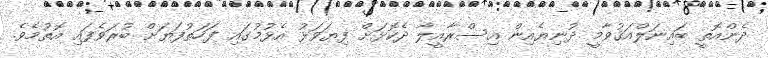
ދެންއޮތީ ބައިނަލްއަޤުވާމީ ދުނިޔެއިން އިސްރާއީލާ ދެކޮޅަށް ފިޔަވަޅު އެޅުމުގައި ފަހަތުފަޔަށް ބުރަވެފައި އޮތުމެވެ.